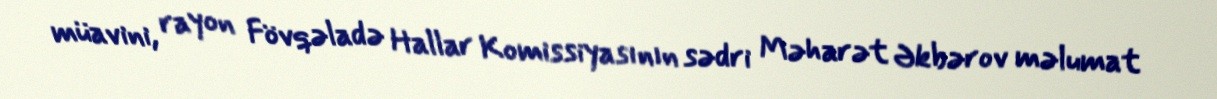
müavini, rayon Fövqəladə Hallar Komissiyasının sədri Məharət Əkbərov məlumat